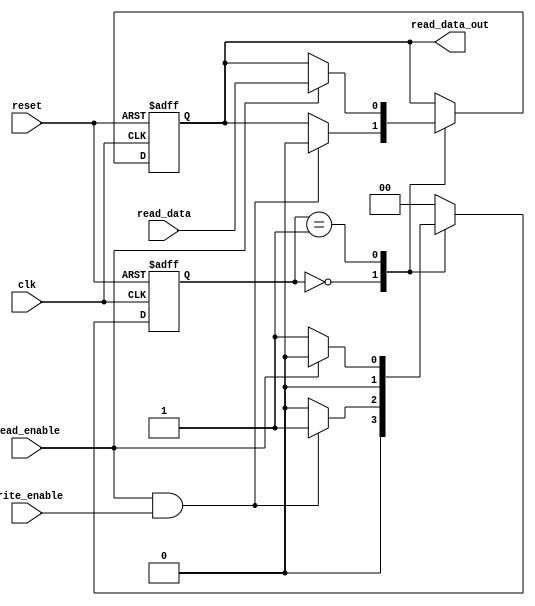
module fifo_timing_control (
    input wire clk,
    input wire reset,
    input wire read_enable,
    input wire write_enable,
    input wire read_data,
    output reg read_data_out
);

reg [1:0] state;

always @ (posedge clk or posedge reset) begin
    if (reset) begin
        state <= 2'b00;
        read_data_out <= 1'b0;
    end
    else begin
        case (state)
            2'b00: begin
                        if (read_enable && write_enable) begin
                            state <= 2'b01;
                            read_data_out <= 1'b0;
                        end
                        else begin
                            state <= 2'b00;
                        end
                    end
            2'b01: begin
                        if (read_enable) begin
                            state <= 2'b00;
                            read_data_out <= read_data;
                        end
                        else begin
                            state <= 2'b01;
                        end
                    end
            default: state <= 2'b00;
        endcase
    end
end

endmodule